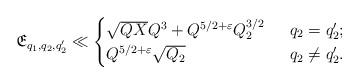
LaTeX: \begin{align*}\mathfrak{E}_{q_1,q_2,q_2'}\ll \begin{cases} \sqrt{QX}Q^3+Q^{5/2+\varepsilon}Q_2^{3/2} &\;\;q_2=q_2';\\Q^{5/2+\varepsilon}\sqrt{Q_2} &\;\;q_2\neq q_2'.\end{cases}\end{align*}